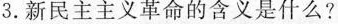
3.新民主主义革命的含义是什么？